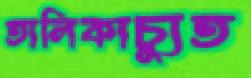
তালিকাচ্যুত